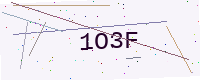
Text: 1O3F